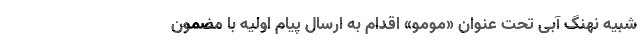
شبیه نهنگ آبی تحت عنوان «مومو» اقدام به ارسال پیام اولیه با مضمون